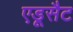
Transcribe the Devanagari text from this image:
एडूसैट